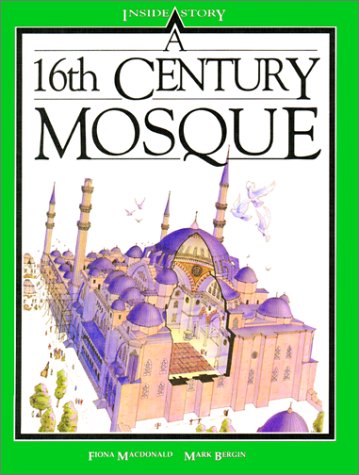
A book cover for A 16th Century Mosque (Inside Story); Fiona MacDonald; Children's Books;